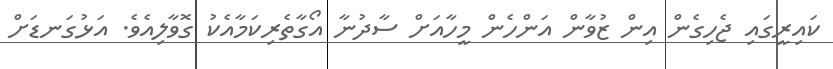
ކައިރީގައި ޖެހިގެން އިން ޒުވާން އަންހެން މީހާއަށް ސާދުނާ އޯގާތެރިކަމާއެކު ގޮވާލިއެވެ. އަޅުގަނޑަށް